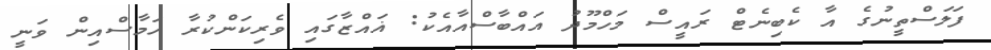
ފަލަސްތީނުގެ އާ ކެބިނެޓް ރައީސް މަހްމޫދު އައްބާސްއާއެކު: ޣައްޒާގައި ވެރިކަންކުރާ ހަމާސްއިން ވަނީ